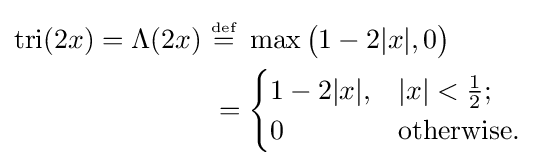
{\begin{aligned}\operatorname {tri} (2x)=\Lambda (2x)\ &{\overset {\underset {\text{def}}{}}{=}}\ \max {\big (}1-2|x|,0{\big )}\\&={\begin{cases}1-2|x|,&|x|<{\tfrac {1}{2}};\\0&{\text{otherwise}}.\\\end{cases}}\end{aligned}}